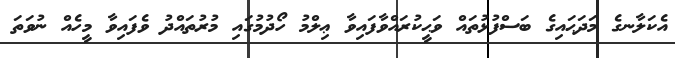
އެކަލާނގެ މަދަޙައިގެ ބަސްފުޅުތައް ވަޙީކުރައްވާފައިވާ ޢިލްމު ހޯދުމުގައި މުރުތައްދު ވެފައިވާ މީހެއް ނުވަތަ